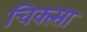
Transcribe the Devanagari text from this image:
चिक्त्सा